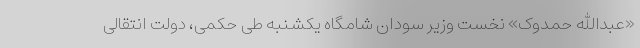
«عبدالله حمدوک» نخست وزیر سودان شامگاه یکشنبه طی حکمی، دولت انتقالی